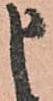
申